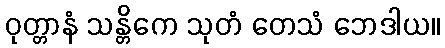
ဝုတ္တာနံ သန္တိကေ သုတံ တေသံ ဘေဒါယ။